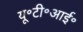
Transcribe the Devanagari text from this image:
यू॰टी॰आई॰